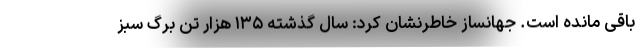
باقی مانده است. جهانساز خاطرنشان کرد: سال گذشته ۱۳۵ هزار تن برگ سبز